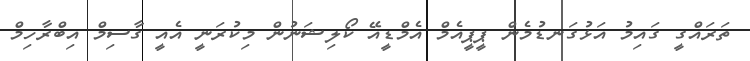
ތަރައްގީ ގައިމު އަޅުގަނޑުމެން ޕީޕީއެމް އެމްޑީއޭ ކޯލިޝަނުން މިކުރަނީ އެއީ ގާސިމް އިބްރާހިމް